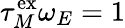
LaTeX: \tau_{M}^{\mathrm{ex}}\omega_{E}=1